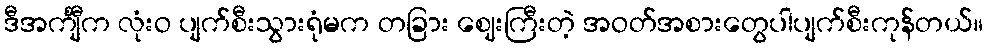
ဒီအင်္ကျီက လုံးဝ ပျက်စီးသွားရုံမက တခြား ဈေးကြီးတဲ့ အဝတ်အစားတွေပါပျက်စီးကုန်တယ်။